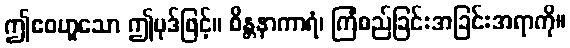
ဤဧဝဟူသော ဤပုဒ်ဖြင့်။ စိန္တနာကာရံ၊ ကြံစည်ခြင်းအခြင်းအရာကို။